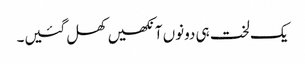
یک لخت ہی دونوں آنکھیں کھل گئیں۔